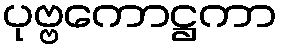
ပုဗ္ဗကောဋ္ဌကာ